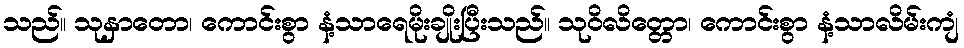
သည်။ သုနှာတော၊ ကောင်းစွာ နံ့သာရေမိုးချိုးပြီးသည်။ သုဝိလိတ္တော၊ ကောင်းစွာ နံ့သာလိမ်းကျံ